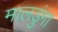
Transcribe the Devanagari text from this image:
मालडुंगा